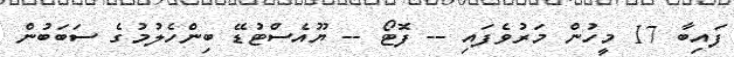
ފައިބާ 17 މީހުން މަރުވެފައި -- ފޮޓޯ -- ޔޫއެސްޓުޑޭ ބިންހެލުމުގެ ސަބަބުން